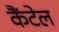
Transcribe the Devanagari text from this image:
कैंटेल